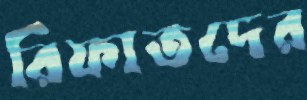
রিফাতদের